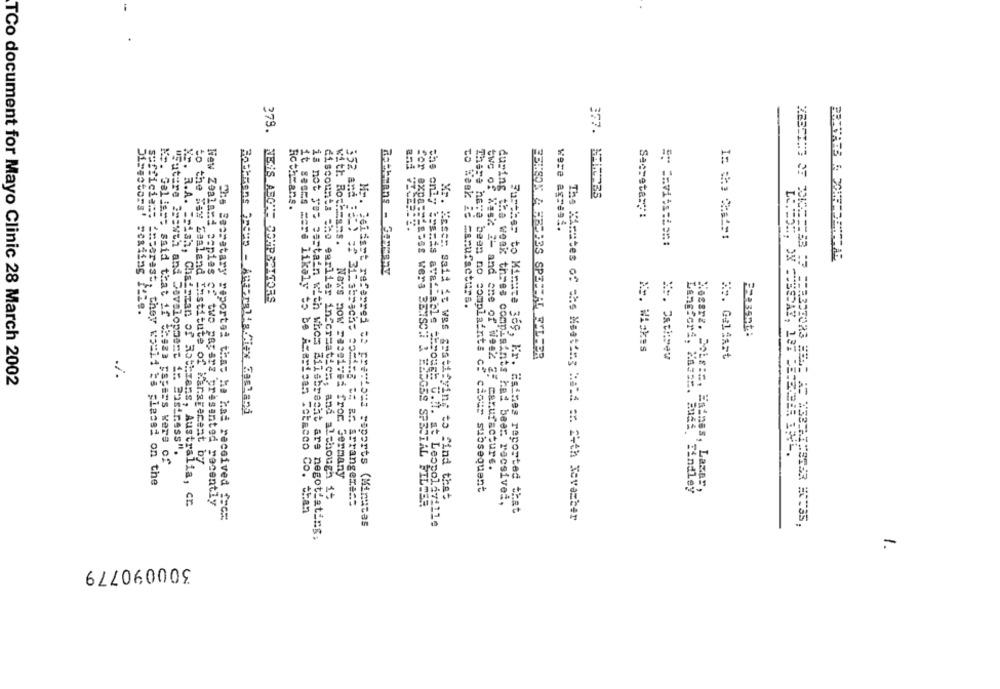
279.
377. MITTZS
Roth=ans.
Secretary:
Directors'
for expa === s
were agresi.
with Rochesns.
the only ingrss
New Zealand copias c:
to Weak id =anufacturs.
Es. Whokes
*:. Cathnew
Me. Galfart
TCo document for Mayo Clinic 28 March 2002
Fastmens Gocep - Australia.Ciex Resland
"Future isawth and Development i :: Eustress".
No. Galias; said that if tisza pagars vers of
to the Way Zealand Institute of Kingrecent by
twe of les% 2- and one of Week &# manufacture.
Naxs now received from Germany
sufficient imporest, they would ts classi on the
There have been no complaints cf cious subsequent
Langferi, Xaser. Audi Tindley
Cesarz. Sois ::, Esines, Laser,
discounts che earlier infcraatics, and although it
Xr. Kastr said it was gratifying to find that
R.A. Frish, Chairman of Rothmans, Australia, cr.
E two pagarz presented recently
352 and Ball of 31ksbracho coming == ar arranger ===
:"Labes wers BENSCH & EESGSS SPECIAL FILTER
during the week thres complaints had beer. racsivei,
it seems mere likaly to be Acarican Totacco Co. than
Further to Minute 369, Kr. Esimes reported that
Che Secretary reportai tim: ha had received face
The Minutes of she Meeting held ar. 24th November
Mr. Jelasst referred to previous seports (Minutes
mis ava Lable through U.il. at Leopoldville
is not yet certain with whos Zilabrecht are negotiating,
300090779